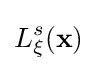
L_{\mathbf {\xi } }^{s}(\mathbf {x} )